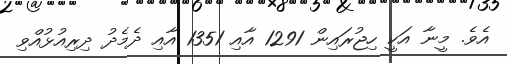
އެވެ. މީނާ އަކީ ހިޖުރައިން 1291 އާއި 1351 އާއި ދެމެދު ދިރިއުޅުއްވި